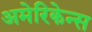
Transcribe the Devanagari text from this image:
अमेरिकेन्स